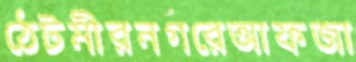
ঠেটমীরনগরেআফজা